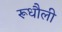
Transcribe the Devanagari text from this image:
रूधौली